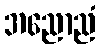
အညောညံ